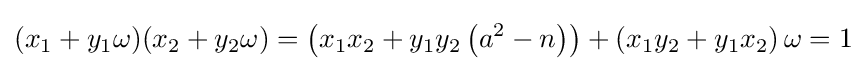
(x_{1}+y_{1}\omega )(x_{2}+y_{2}\omega )=\left(x_{1}x_{2}+y_{1}y_{2}\left(a^{2}-n\right)\right)+\left(x_{1}y_{2}+y_{1}x_{2}\right)\omega =1